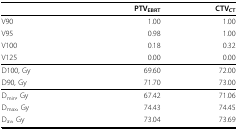
<table><thead><tr><td></td><td><b>PTV<sub>EBRT</sub></b></td><td><b>CTV<sub>CT</sub></b></td></tr></thead><tbody><tr><td>V90</td><td>1.00</td><td>1.00</td></tr><tr><td>V95</td><td>0.98</td><td>1.00</td></tr><tr><td>V100</td><td>0.18</td><td>0.32</td></tr><tr><td>V125</td><td>0.00</td><td>0.00</td></tr><tr><td>D100, Gy</td><td>69.60</td><td>72.00</td></tr><tr><td>D90, Gy</td><td>71.70</td><td>73.00</td></tr><tr><td>D<sub>min</sub>, Gy</td><td>67.42</td><td>71.06</td></tr><tr><td>D<sub>max</sub>, Gy</td><td>74.43</td><td>74.45</td></tr><tr><td>D<sub>av</sub>, Gy</td><td>73.04</td><td>73.69</td></tr></tbody></table>